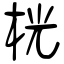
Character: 桄